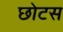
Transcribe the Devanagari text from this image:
छोटस